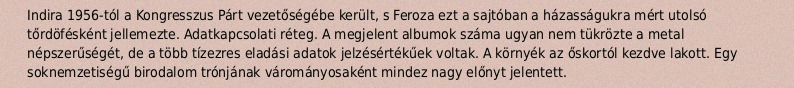
Indira 1956-tól a Kongresszus Párt vezetőségébe került, s Feroza ezt a sajtóban a házasságukra mért utolsó tőrdöfésként jellemezte. Adatkapcsolati réteg. A megjelent albumok száma ugyan nem tükrözte a metal népszerűségét, de a több tízezres eladási adatok jelzésértékűek voltak. A környék az őskortól kezdve lakott. Egy soknemzetiségű birodalom trónjának várományosaként mindez nagy előnyt jelentett.